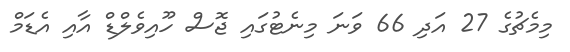
މިމެޗުގެ 27 އަދި 66 ވަނަ މިނެޓުގައި ޖޮސް ހޫއިވެލްޑް އާއި އެޑަމް